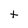
Character: t